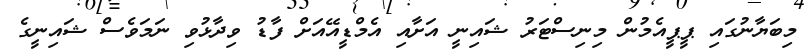
މިބަޔާނުގައި ޕީޕީއެމުން މިނިސްޓަރު ޝައިނީ އަށާއި އެމްޑީއޭއަށް ފާޑު ވިދާޅުވި ނަމަވެސް ޝައިނީގެ